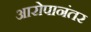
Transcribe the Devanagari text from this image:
आरोपानंतर